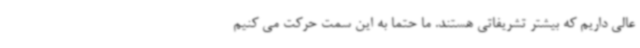
عالی داریم که بیشتر تشریفاتی هستند. ما حتما به این سمت حرکت می کنیم